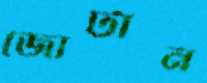
জোটান